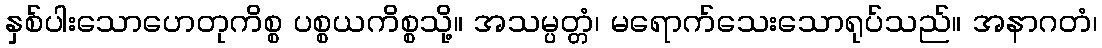
နှစ်ပါးသောဟေတုကိစ္စ ပစ္စယကိစ္စသို့။ အသမ္ပတ္တံ၊ မရောက်သေးသောရုပ်သည်။ အနာဂတံ၊